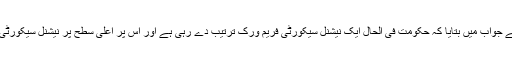
سیکرٹری دفاع نے کمیٹی کے اراکین کے سوالات کے جواب میں بتایا کہ حکومت فی الحال ایک نیشنل سیکورٹی فریم ورک ترتیب دے رہی ہے اور اس پر اعلیٰ سطح پر نیشنل سیکورٹی کونسل اور دیگر اداروں میں غور و خوض ہورہا ہے۔